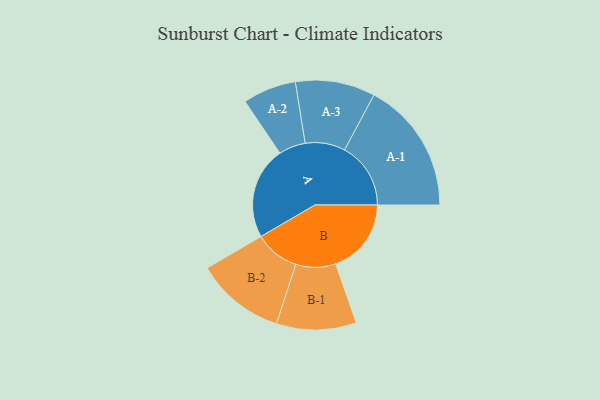
{"axis": {"x": "Segment", "y": "Value"}, "legend": ["", "A", "B"], "data": [{"x": "A", "y": 400, "type": ""}, {"x": "B", "y": 328, "type": ""}, {"x": "A-1", "y": 287, "type": "A"}, {"x": "A-2", "y": 116, "type": "A"}, {"x": "A-3", "y": 173, "type": "A"}, {"x": "B-1", "y": 173, "type": "B"}, {"x": "B-2", "y": 194, "type": "B"}]}